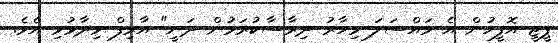
ޕީޖީ އޮފީހުން އެ މައްސަލަ މިހާރު ދިރާސާކުރަމުން ދަނީ" އާރިފް ވިދާޅުވި އެވެ.